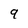
Character: 9